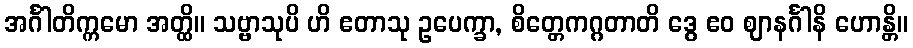
အင်္ဂါတိက္ကမော အတ္ထိ။ သဗ္ဗာသုပိ ဟိ ဧတာသု ဥပေက္ခာ, စိတ္တေကဂ္ဂတာတိ ဒွေ ဧဝ ဈာနင်္ဂါနိ ဟောန္တိ။